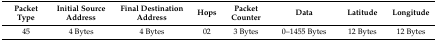
<table><thead><tr><td><b>Packet Type</b></td><td><b>Initial Source Address</b></td><td><b>Final Destination Address</b></td><td><b>Hops</b></td><td><b>Packet Counter</b></td><td><b>Data</b></td><td><b>Latitude</b></td><td><b>Longitude</b></td></tr></thead><tbody><tr><td>45</td><td>4 Bytes</td><td>4 Bytes</td><td>02</td><td>3 Bytes</td><td>0–1455 Bytes</td><td>12 Bytes</td><td>12 Bytes</td></tr></tbody></table>